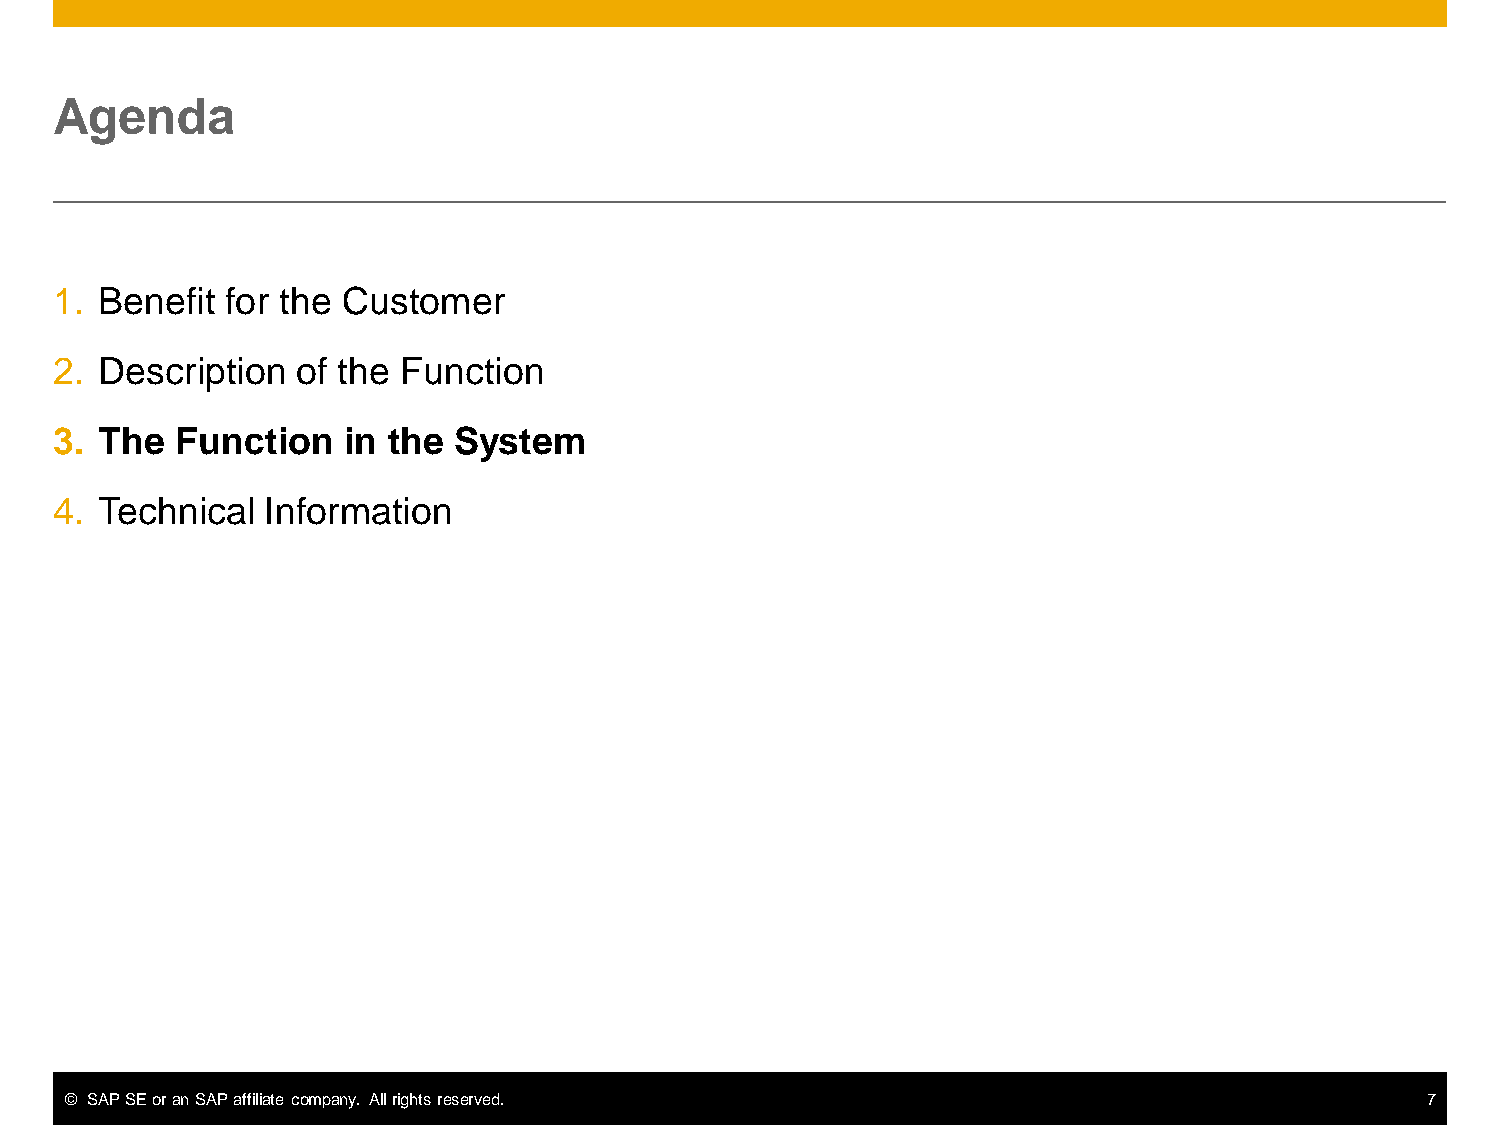
Agenda
 1. Benefit for the Customer
 2. Description  of the Function
 3. The  Function   in the System
 4. Technical  Information
 © SAP SE or an SAP affiliate company. All rights reserved.                                7